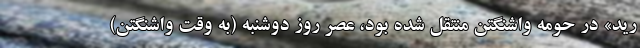
رید» در حومه واشنگتن منتقل شده بود، عصر روز دوشنبه (به وقت واشنگتن)